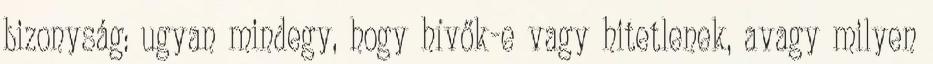
bizonyság: ugyan mindegy, hogy hívők-e vagy hitetlenek, avagy milyen